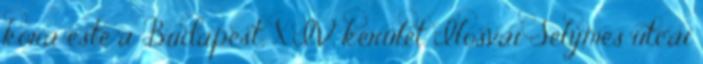
kora este a Budapest, XIV. kerület Ilosvai Selymes utcai